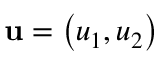
\mathbf { u } = { \left( { u } _ { 1 } , { u } _ { 2 } \right) }